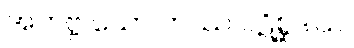
အဘဗ္ဗ သော တဿ ပဋိစ္ဆဒါယ၊